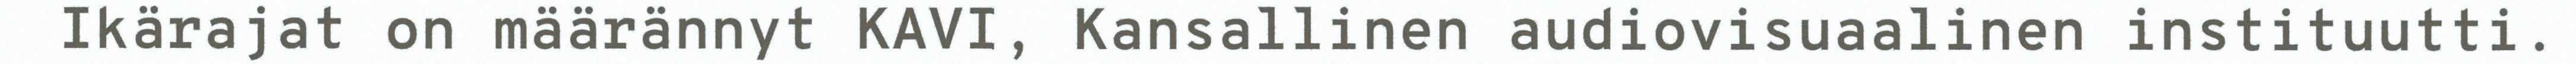
Ikärajat on määrännyt KAVI, Kansallinen audiovisuaalinen instituutti.